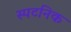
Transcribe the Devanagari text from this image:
स्पटनिक